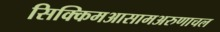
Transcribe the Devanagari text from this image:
सिक्किमआसामअरुणाचल